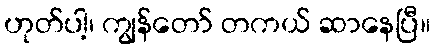
ဟုတ်ပါ့၊ ကျွန်တော် တကယ် ဆာနေပြီ။